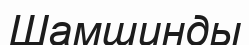
Шамшинды